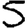
Digit: 5